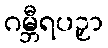
ဂမ္ဘီရပဉှာ